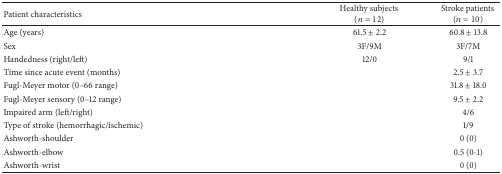
| Patient characteristics | Healthy subjects (n = 12) | Stroke patients (n = 10) |
 | --- | --- | --- |
 | Age (years) | 61.5 ± 2.2 | 60.8 ± 13.8 |
 | Sex | 3F/9M | 3F/7M |
 | Handedness (right/left) | 12/0 | 9/1 |
 | Time since acute event (months) |  | 2.5 ± 3.7 |
 | Fugl-Meyer motor (0–66 range) |  | 31.8 ± 18.0 |
 | Fugl-Meyer sensory (0–12 range) |  | 9.5 ± 2.2 |
 | Impaired arm (left/right) |  | 4/6 |
 | Type of stroke (hemorrhagic/ischemic) |  | 1/9 |
 | Ashworth-shoulder |  | 0 (0) |
 | Ashworth-elbow |  | 0.5 (0-1) |
 | Ashworth-wrist |  | 0 (0) |